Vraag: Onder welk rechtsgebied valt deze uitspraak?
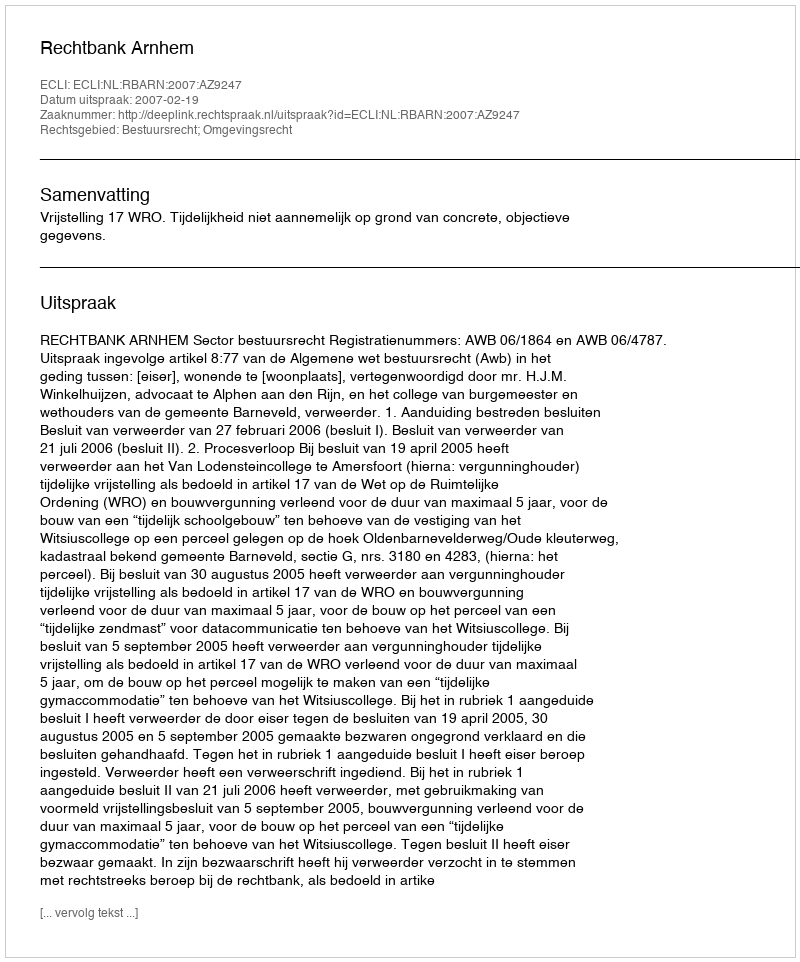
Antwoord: Bestuursrecht; Omgevingsrecht